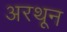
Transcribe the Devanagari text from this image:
अरथून